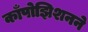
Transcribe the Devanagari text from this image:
काँपोझिशनने